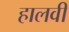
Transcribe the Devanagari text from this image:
हालवी